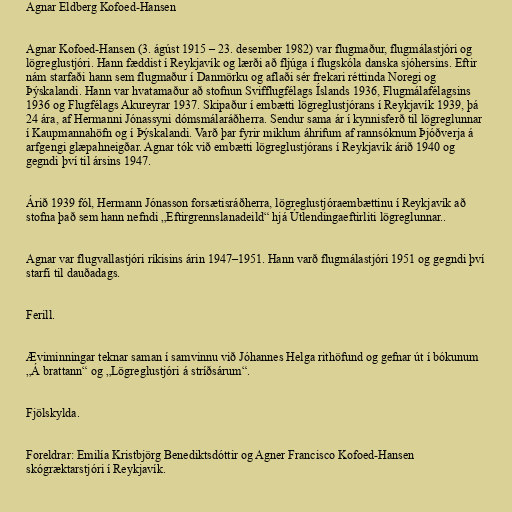
Agnar Eldberg Kofoed-Hansen

Agnar Kofoed-Hansen (3. ágúst 1915 – 23. desember 1982) var flugmaður, flugmálastjóri og
lögreglustjóri. Hann fæddist í Reykjavík og lærði að fljúga í flugskóla danska sjóhersins. Eftir
nám starfaði hann sem flugmaður í Danmörku og aflaði sér frekari réttinda Noregi og
Þýskalandi. Hann var hvatamaður að stofnun Svifflugfélags Íslands 1936, Flugmálafélagsins
1936 og Flugfélags Akureyrar 1937. Skipaður í embætti lögreglustjórans í Reykjavík 1939, þá
24 ára, af Hermanni Jónassyni dómsmálaráðherra. Sendur sama ár í kynnisferð til lögreglunnar
í Kaupmannahöfn og í Þýskalandi. Varð þar fyrir miklum áhrifum af rannsóknum Þjóðverja á
arfgengi glæpahneigðar. Agnar tók við embætti lögreglustjórans í Reykjavík árið 1940 og
gegndi því til ársins 1947.

Árið 1939 fól, Hermann Jónasson forsætisráðherra, lögreglustjóraembættinu í Reykjavík að
stofna það sem hann nefndi „Eftirgrennslanadeild“ hjá Útlendingaeftirliti lögreglunnar..

Agnar var flugvallastjóri ríkisins árin 1947–1951. Hann varð flugmálastjóri 1951 og gegndi því
starfi til dauðadags.

Ferill.

Æviminningar teknar saman í samvinnu við Jóhannes Helga rithöfund og gefnar út í bókunum
„Á brattann“ og „Lögreglustjóri á stríðsárum“.

Fjölskylda.

Foreldrar: Emilía Kristbjörg Benediktsdóttir og Agner Francisco Kofoed-Hansen
skógræktarstjóri í Reykjavík.